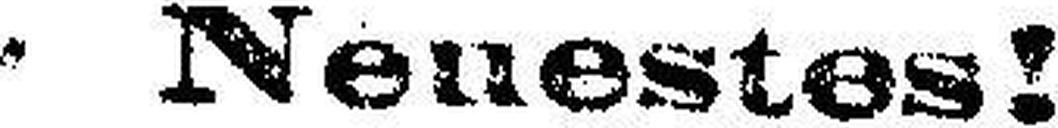
Neuestes!